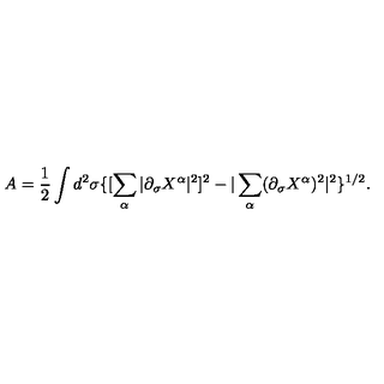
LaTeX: A = \frac { 1 } { 2 } \int d ^ { 2 } \sigma \{ [ \sum _ { \alpha } | \partial _ { \sigma } X ^ { \alpha } | ^ { 2 } ] ^ { 2 } - | \sum _ { \alpha } ( \partial _ { \sigma } X ^ { \alpha } ) ^ { 2 } | ^ { 2 } \} ^ { 1 / 2 } .